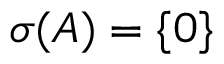
\sigma ( A ) = \{ 0 \}